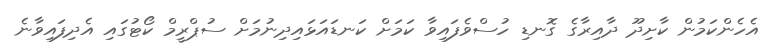
އެހެންކަމުން ކާށިދޫ ދާއިރާގެ ގޮނޑި ހުސްވެފައިވާ ކަމަށް ކަނޑައަޅައިދިނުމަށް ސުޕްރީމް ކޯޓުގައި އެދިފައިވާނެ